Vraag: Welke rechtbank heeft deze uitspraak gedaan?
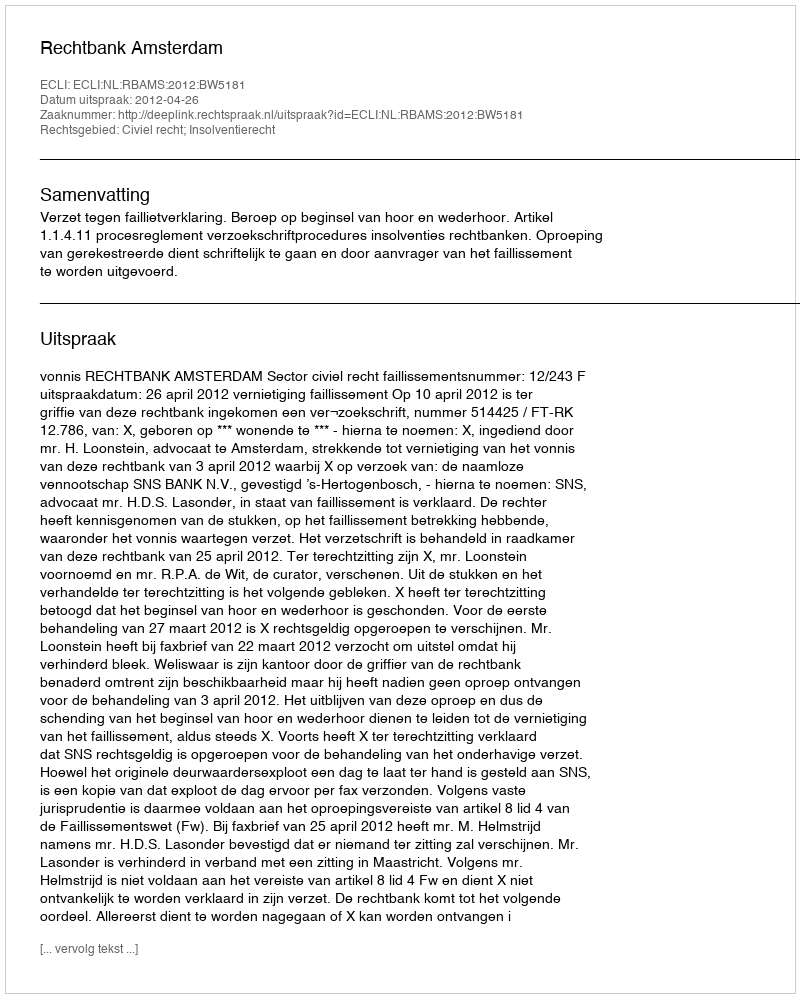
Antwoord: Rechtbank Amsterdam